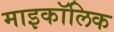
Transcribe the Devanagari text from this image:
माइकॉलिक